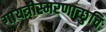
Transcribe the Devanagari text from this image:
गायत्रीस्मरणाच्छुचिः